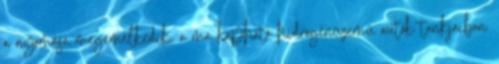
a nyomása megemelkedik, a ma kapható hidrogénüzemű autók tankjaiban